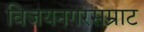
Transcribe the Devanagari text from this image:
विजयनगरसम्राट